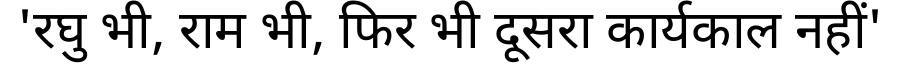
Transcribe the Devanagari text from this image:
'रघु भी, राम भी, फिर भी दूसरा कार्यकाल नहीं'